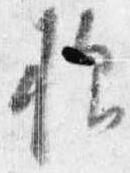
様